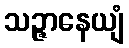
သဉ္ဇာနေယျံ